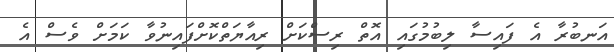
އަނބުރާ އެ ފައިސާ ލިބުމުގައި އޮތް ރިސްކަށް ރިއާޔަތްކޮށްފައިނުވާ ކަމަށް ވެސް އެ